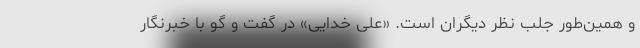
و همین‌طور جلب نظر دیگران است. «علی خدایی» در گفت و گو با خبرنگار